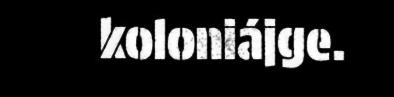
koloniájge.